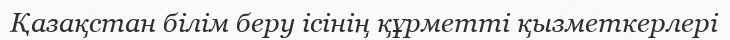
Қазақстан білім беру ісінің құрметті қызметкерлері